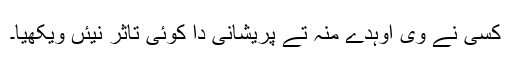
کسی نے وی اوہدے منہ تے پریشانی دا کوئی تاثر نیئں ویکھیا۔